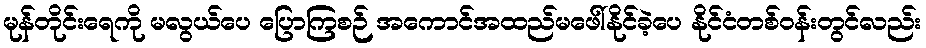
မုန်တိုင်းရေကို မလွယ်ပေ ပြောကြစဉ် အကောင်အထည်မဖေါ်နိုင်ခဲ့ပေ နိုင်ငံတစ်ဝန်းတွင်လည်း